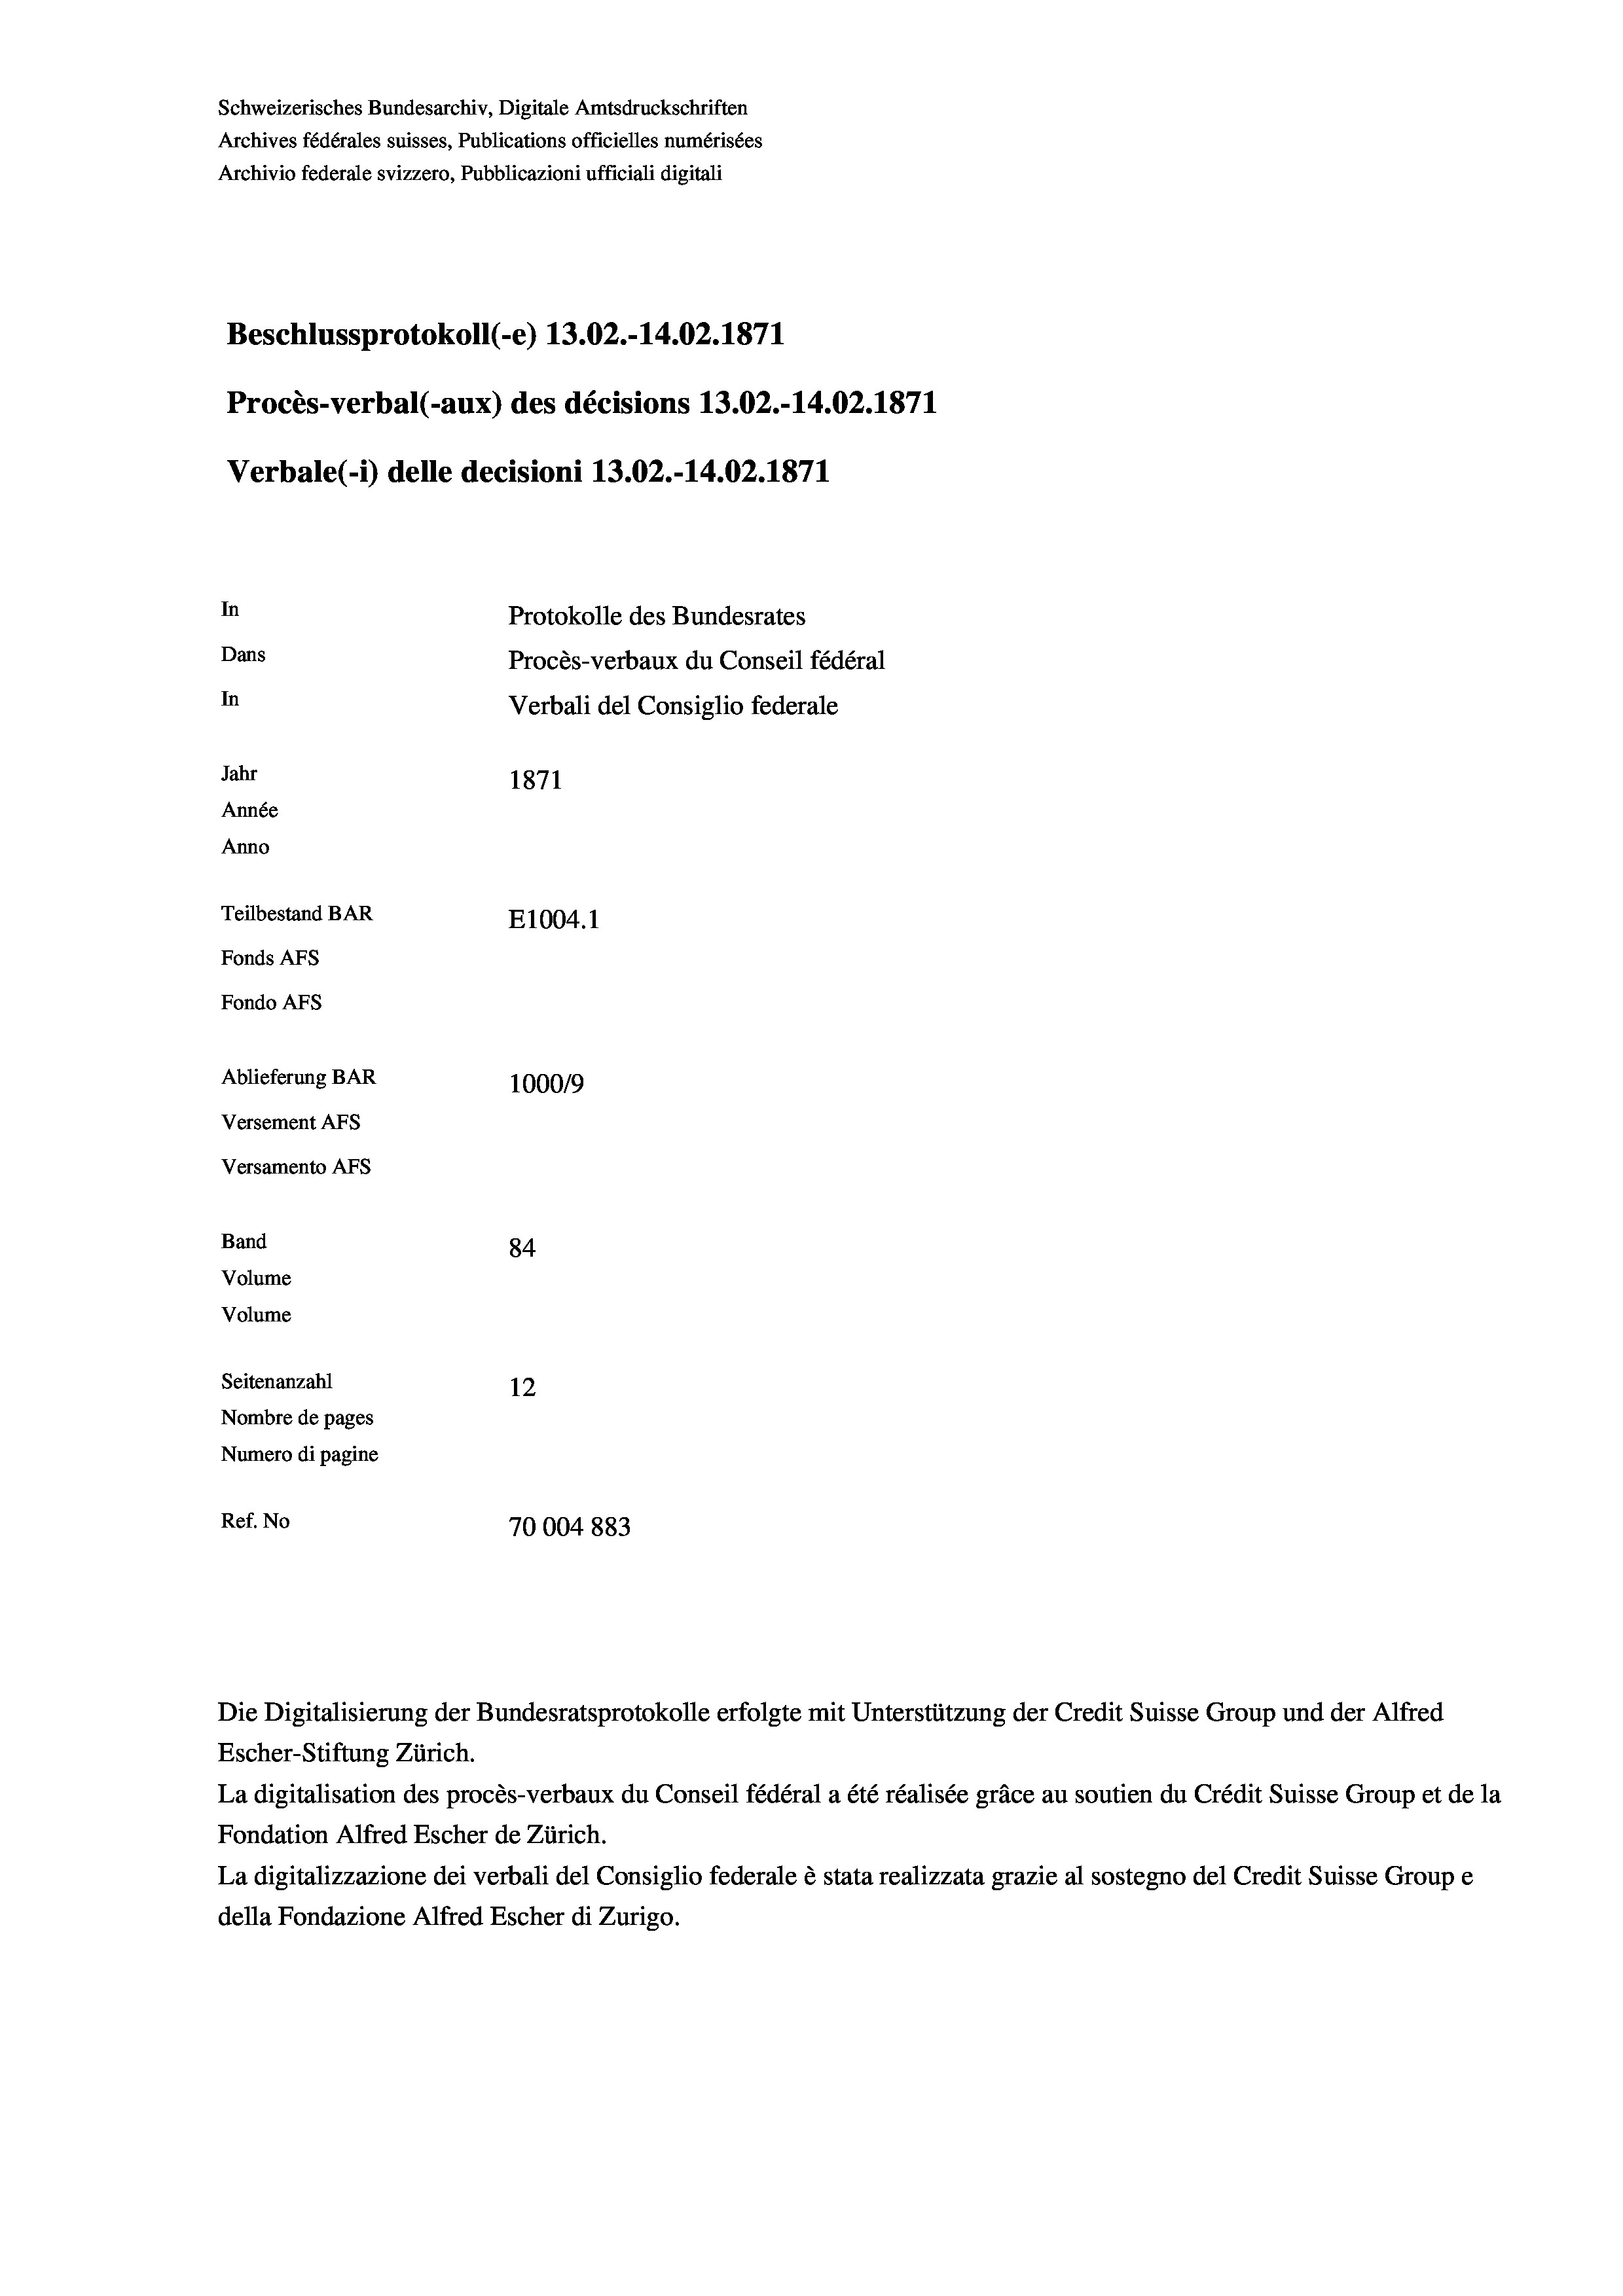
Schweizerisches Bundesarchiv, Digitale Amtsdruckschriften
Archives fédérales suisses, Publications officielles numérisées
Archivio federale svizzero, Pubblicazioni ufficiali digitali
Beschlussprotokoll (-e) 13.02.-14.02. 1871
Procès-verbal (-aux) des décisions 13.02.-14.02. 1871
Verbale(-*) delle decisioni 13.02.-14.02. 1871
In
Protokolle des Bundesrates
Dans
Procès-verbaux du Conseil fédéral
In
Verbali del Consiglio federale
Jahr
1871
Année
Anno
Teilbestand BAR
E1004. 1
Fonds AFs
Fondo AFS
Ablieferung BAR
100019
Versement AFs
Versamento AFs
Band
84
Volume
Volume
Seitenanzahl
12
Nombre de pages
Numero di pagine
Ref. No
70004 883

Escher-Stiftung Zürich.
La digitalisation des procès-verbaux du Conseil fédéral a été réalisée gräce au soutien du Crédit Suisse Group et de la
Fondation Alfred Escher de Zürich.
La digitalizzazione dei verbali del Consiglio federale è stata realizzata grazie al sostegno del Credit Suisse Groupe
della Fondazione Alfred Escher di Zurigo.

Die Digitalisierung der Bundesratsprotokolle erfolgte mit Unterstützung der Credit Suisse Group und der Alfred